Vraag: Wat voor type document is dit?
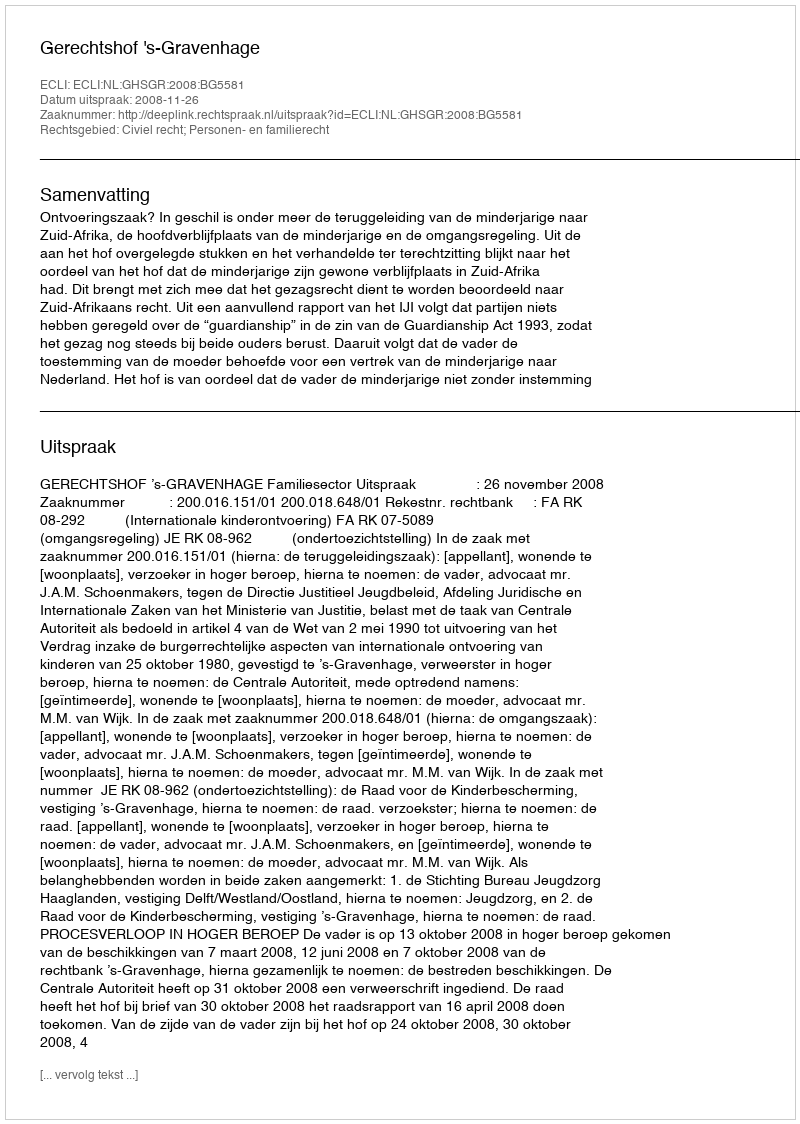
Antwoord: Uitspraak